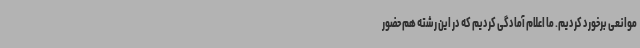
موانعی برخورد کردیم. ما اعلام آمادگی کردیم که در این رشته هم حضور